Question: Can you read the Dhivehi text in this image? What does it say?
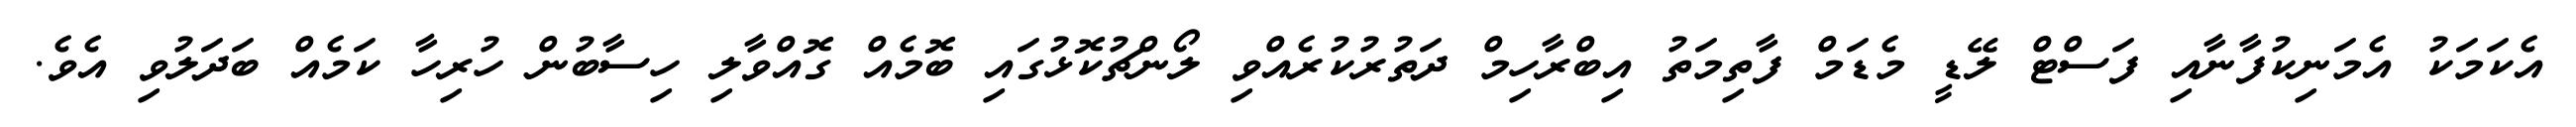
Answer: އެކަމަކު އެމަނިކުފާނާއި ފަސްޓް ލޭޑީ މެޑަމް ފާތިމަތު އިބްރާހިމް ދަތުރުކުރެއްވި ލޯންޗުކޮޅުގައި ބޮމެއް ގޮއްވާލި ހިސާބުން ހުރިހާ ކަމެއް ބަދަލުވި އެވެ.